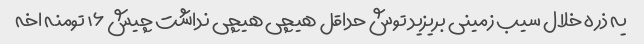
یه ذره خلال سیب زمینی بریزید توش حداقل هیچی هیچی نداشت چیش ۱۶ تومنه اخه